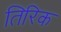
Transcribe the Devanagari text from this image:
तिरिक